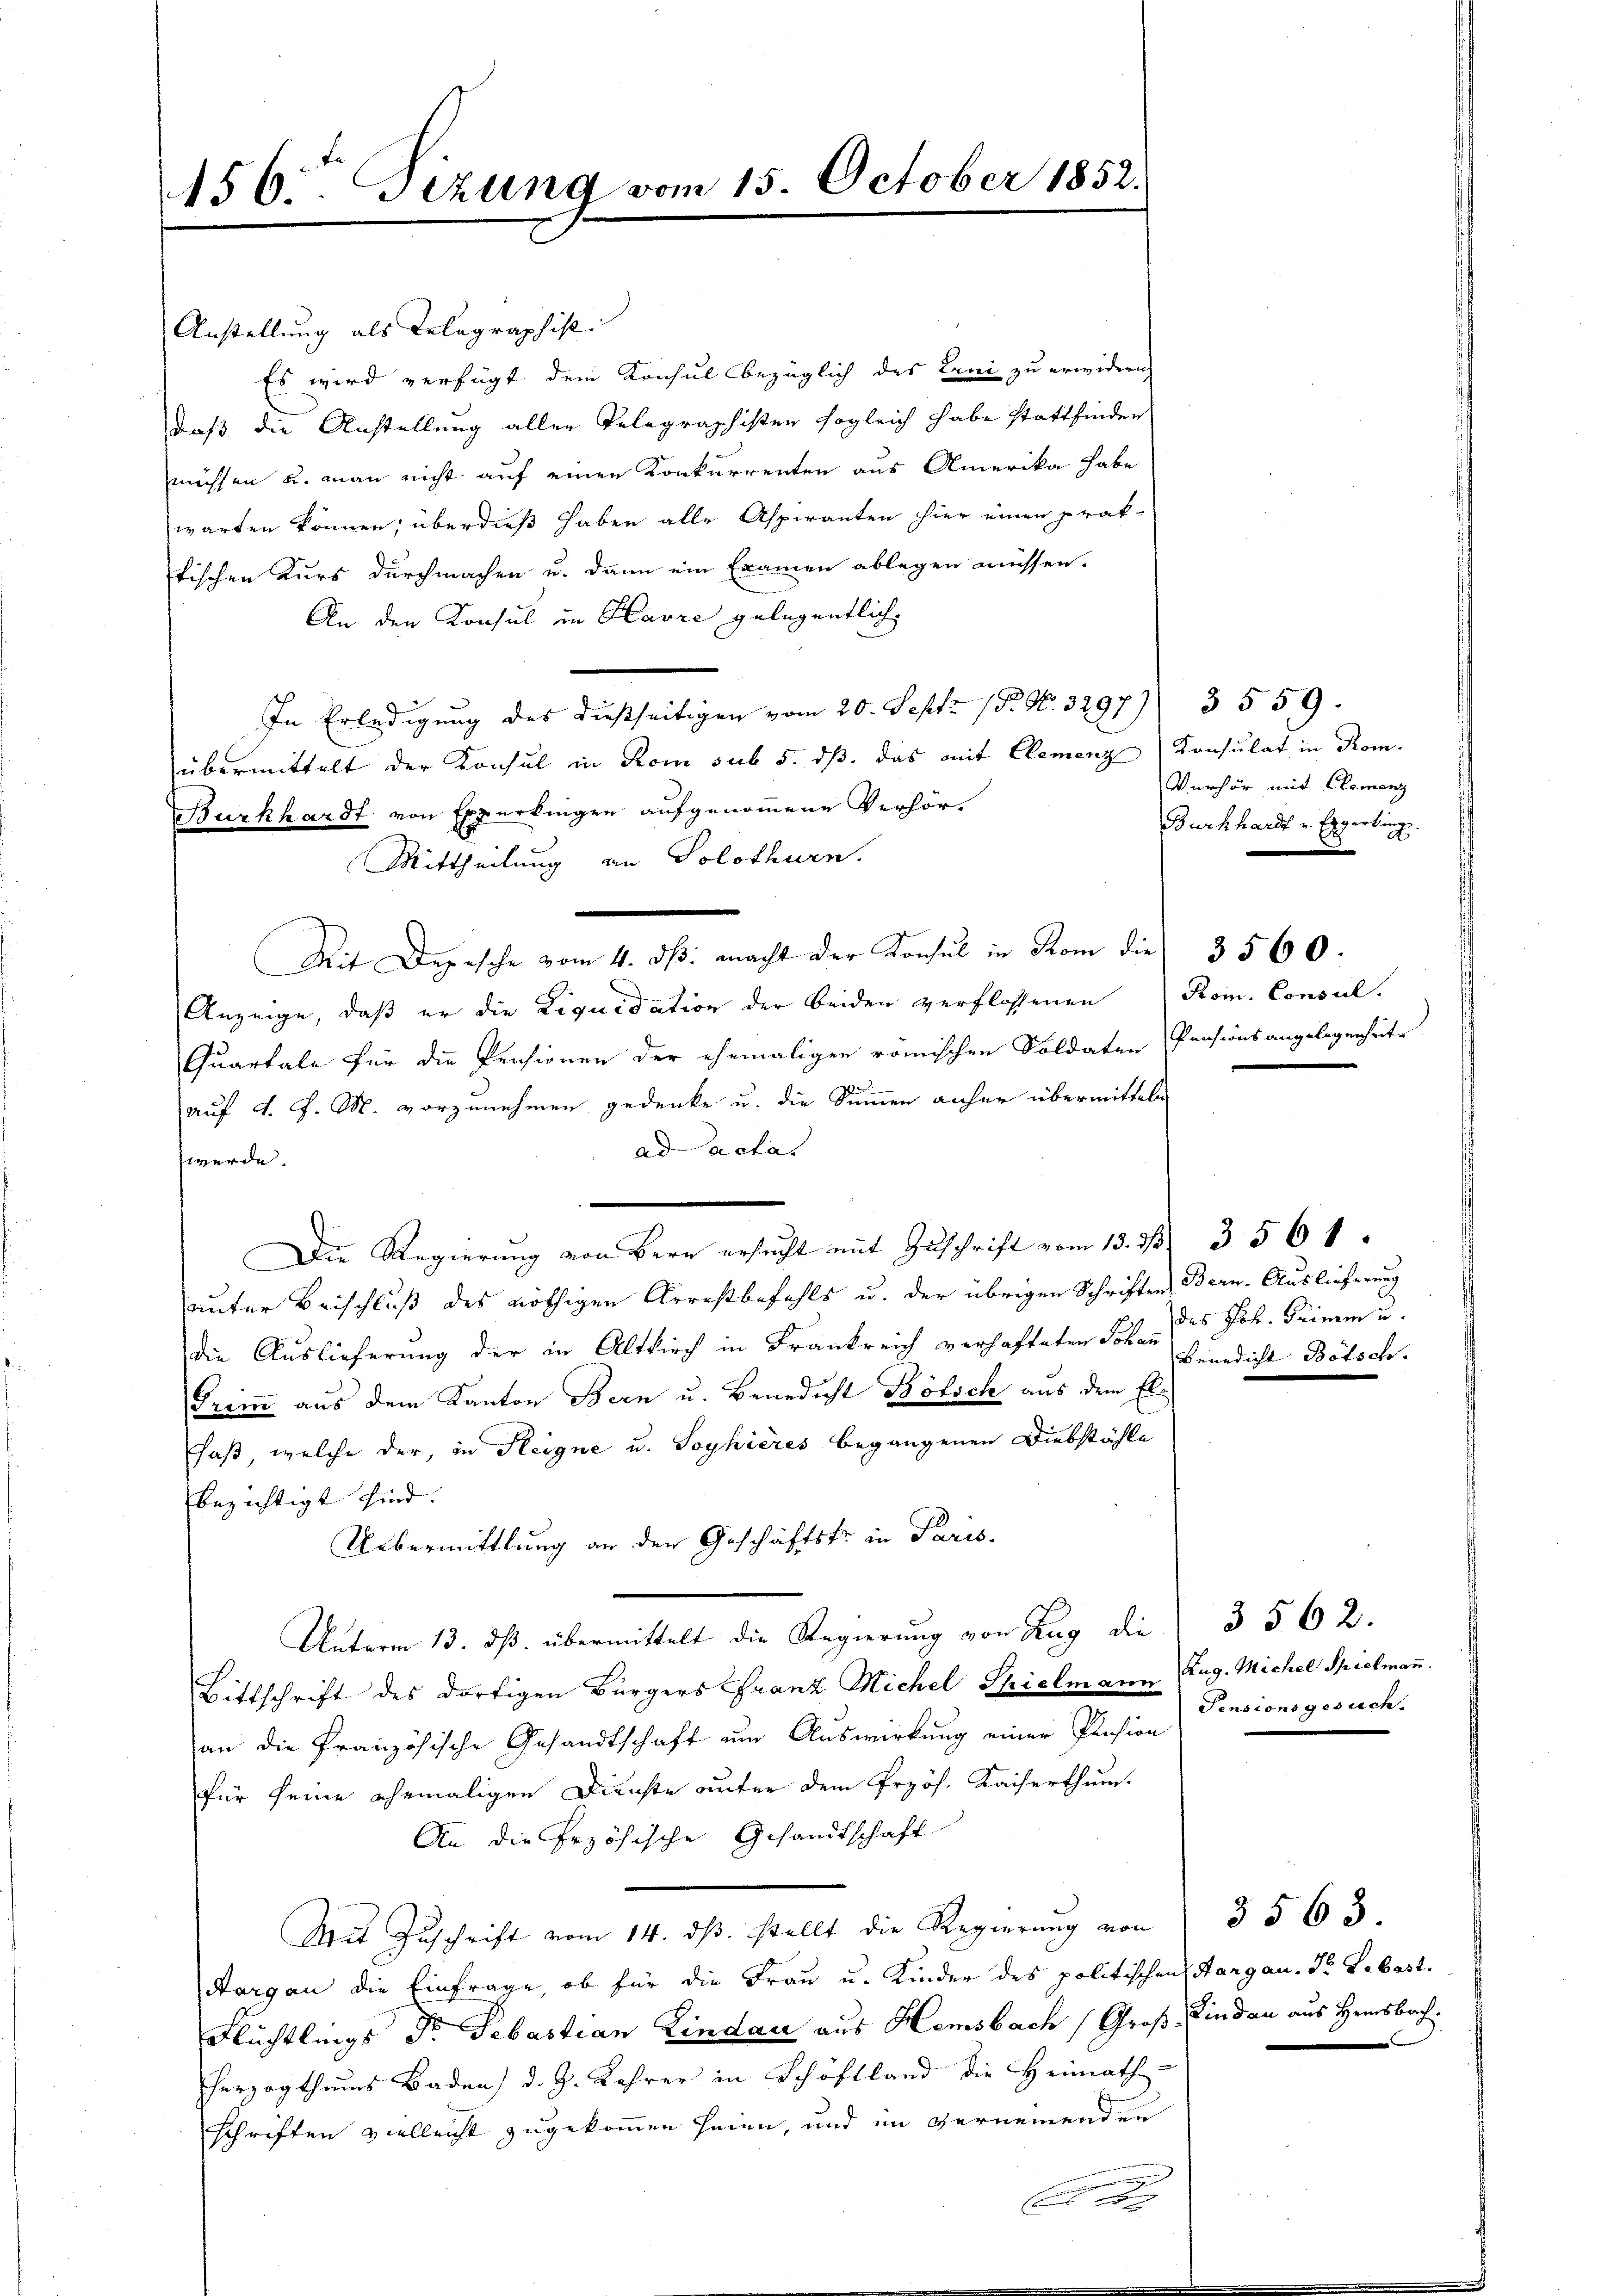
156. Tizung vom 15. October 1852.

Anstellung als Relegraphist
Es wird verfügt dem Konsul bezüglich des Leni zu erwidern
daß die Anstellung aller Telegraphisten sogleich habe stattfinden
müssen u. man nicht auf einen Konkurrenten aus Amerika habe
warten können; überdieß haben alle Aspiranten hier einen prak-
tischen Kurs durchmachen u. dann ein Examen ablegen müssen.
An den Konsul in Havre gelegentlich,
In Erledigung des dießseitigen vom 20. Sept. 18. No. 3297) § 559.
übermittelt der Konsul in Rom sub 5. dß das mit Elemenz Konsulat in Rom.
Burkhardt von Experkingen aufgenommene Verhör¬
Mittheilung an Solothurn.
Mit Depesche vom 4. dβ. macht der Konsul in Trom die 3560.
Anzeige, daß er die Liquidation der beiden verflossenen Rom. Consul-
Quartale für die Pensionen der ehemaligen römischen Soldaten Pensionsangelegenheite
auf d. J. M. vorzunehmen gedenke u. die Summen anher übermitteln
ad acta.
werde.
Die Regierung von Bern ersucht mit Zuschrift vom 13. 33. 356 1
unter Beischluß des nöthigen Arrestbefehls u. der übrigen Schriften Bern. Auslieferung
die Auslieferung der in Altkirch in Frankreich verhafteten Johan Egedicht Botsch.
Trem aus dem Kanton Bern u. Benedicht Bölsch aus dem El¬
Faß, welche der, in Fleigne u. Soyhières begangenen Diebstähle
bezichtigt sind. |
Uebermittlung an den Geschäftstr in Paris.
Unterm 13. dß. übermittelt die Regierung von Zug die
Bittschrift des dortigen Bürgers Franz Michel Spielmann Zug. Michel Spielmann.
an die Französische Gesandtschaft am Auswirkung einer Pension
für seine ehemaligen Dienste unter dem Przös. Kaiserthum.
An die Erzösische Gesandtschaft
Mit Zuschrift vom 14. ds. stellt die Regierung von
Aargau die Einfrage, ob für die Frau u. Kinder des politischen Aargau. Dr. Sebast.
Flüchtlings Fr. Sebastian Lindau aus Hemsbach Groß-Lindau aus Hersbach.
herzogthums Baden d. J. Lehrer in Schöftland die Heimath
Schriften vielleicht zugekommen seien, und im vernemenden
A

Verhör mit Clemenz
Burkhardt v. Eggerking.

des Joh. Grimm u.

3 562.
Pensionsgesuch.

3563.